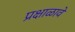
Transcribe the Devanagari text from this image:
प्रक्षाळावे